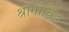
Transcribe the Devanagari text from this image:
श्रीगोविंद